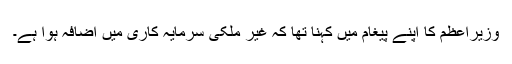
وزیراعظم کا اپنے پیغام میں کہنا تھا کہ غیر ملکی سرمایہ کاری میں اضافہ ہوا ہے۔